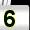
Digit: 5